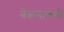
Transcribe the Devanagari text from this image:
बेळगांवची